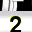
Digit: 2